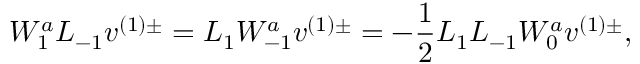
W _ { 1 } ^ { a } L _ { - 1 } v ^ { ( 1 ) \pm } = L _ { 1 } W _ { - 1 } ^ { a } v ^ { ( 1 ) \pm } = - \frac { 1 } { 2 } L _ { 1 } L _ { - 1 } W _ { 0 } ^ { a } v ^ { ( 1 ) \pm } ,